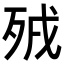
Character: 𣧵